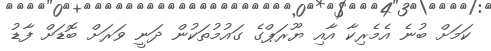
ކަމަށް ބުނެ އެމެރިކާ އާއި ޔޫރަޕްގެ ގައުމުތަކުން ދަނީ ވަރަށް ބޮޑަށް ފާޑު